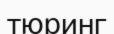
тюринг